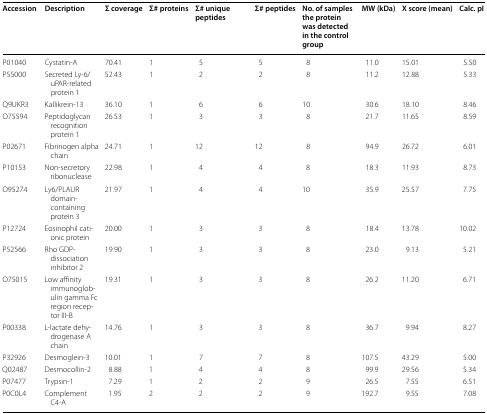
<table><thead><tr><td><b>Accession</b></td><td><b>Description</b></td><td><b>Σ coverage</b></td><td><b>Σ# proteins</b></td><td><b>Σ# unique peptides</b></td><td><b>Σ# peptides</b></td><td><b>No. of samples the protein was detected in the control group</b></td><td><b>MW (kDa)</b></td><td><b>X score (mean)</b></td><td><b>Calc. pI</b></td></tr></thead><tbody><tr><td>P01040</td><td>Cystatin-A</td><td>70.41</td><td>1</td><td>5</td><td>5</td><td>8</td><td>11.0</td><td>15.01</td><td>5.50</td></tr><tr><td>P55000</td><td>Secreted Ly-6/uPAR-related protein 1</td><td>52.43</td><td>1</td><td>2</td><td>2</td><td>8</td><td>11.2</td><td>12.88</td><td>5.33</td></tr><tr><td>Q9UKR3</td><td>Kallikrein-13</td><td>36.10</td><td>1</td><td>6</td><td>6</td><td>10</td><td>30.6</td><td>18.10</td><td>8.46</td></tr><tr><td>O75594</td><td>Peptidoglycan recognition protein 1</td><td>26.53</td><td>1</td><td>3</td><td>3</td><td>8</td><td>21.7</td><td>11.65</td><td>8.59</td></tr><tr><td>P02671</td><td>Fibrinogen alpha chain</td><td>24.71</td><td>1</td><td>12</td><td>12</td><td>8</td><td>94.9</td><td>26.72</td><td>6.01</td></tr><tr><td>P10153</td><td>Non-secretory ribonuclease</td><td>22.98</td><td>1</td><td>4</td><td>4</td><td>8</td><td>18.3</td><td>11.93</td><td>8.73</td></tr><tr><td>O95274</td><td>Ly6/PLAUR domain-containing protein 3</td><td>21.97</td><td>1</td><td>4</td><td>4</td><td>10</td><td>35.9</td><td>25.57</td><td>7.75</td></tr><tr><td>P12724</td><td>Eosinophil cationic protein</td><td>20.00</td><td>1</td><td>3</td><td>3</td><td>8</td><td>18.4</td><td>13.78</td><td>10.02</td></tr><tr><td>P52566</td><td>Rho GDP-dissociation inhibitor 2</td><td>19.90</td><td>1</td><td>3</td><td>3</td><td>8</td><td>23.0</td><td>9.13</td><td>5.21</td></tr><tr><td>O75015</td><td>Low affinity immunoglobulin gamma Fc region receptor III-B</td><td>19.31</td><td>1</td><td>3</td><td>3</td><td>8</td><td>26.2</td><td>11.20</td><td>6.71</td></tr><tr><td>P00338</td><td>L-lactate dehydrogenase A chain</td><td>14.76</td><td>1</td><td>3</td><td>3</td><td>8</td><td>36.7</td><td>9.94</td><td>8.27</td></tr><tr><td>P32926</td><td>Desmoglein-3</td><td>10.01</td><td>1</td><td>7</td><td>7</td><td>8</td><td>107.5</td><td>43.29</td><td>5.00</td></tr><tr><td>Q02487</td><td>Desmocollin-2</td><td>8.88</td><td>1</td><td>4</td><td>4</td><td>8</td><td>99.9</td><td>29.56</td><td>5.34</td></tr><tr><td>P07477</td><td>Trypsin-1</td><td>7.29</td><td>1</td><td>2</td><td>2</td><td>9</td><td>26.5</td><td>7.55</td><td>6.51</td></tr><tr><td>P0C0L4</td><td>Complement C4-A</td><td>1.95</td><td>2</td><td>2</td><td>2</td><td>9</td><td>192.7</td><td>9.55</td><td>7.08</td></tr></tbody></table>